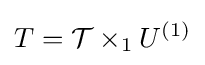
T={\mathcal {T}}\times _{1}U^{(1)}